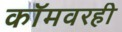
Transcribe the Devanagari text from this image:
कॉमवरही